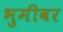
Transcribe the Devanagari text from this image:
भुमीवर